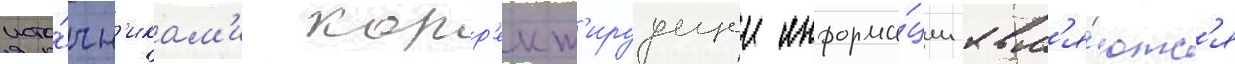
исто́чн'икам'и корр'ект'ируущеи информа́ции явл'я́ютс'я